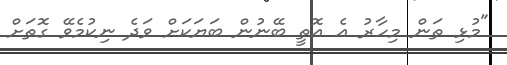
"މުޅި ތަން މިހާރު އެ އޮތީ ބޭނުން ބަޔަކަށް ވަދެ ނިކުމެވޭ ގޮތަށް